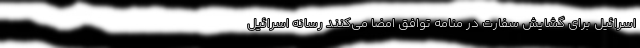
اسرائیل برای گشایش سفارت در منامه توافق امضا می‌کنند رسانه اسرائیل